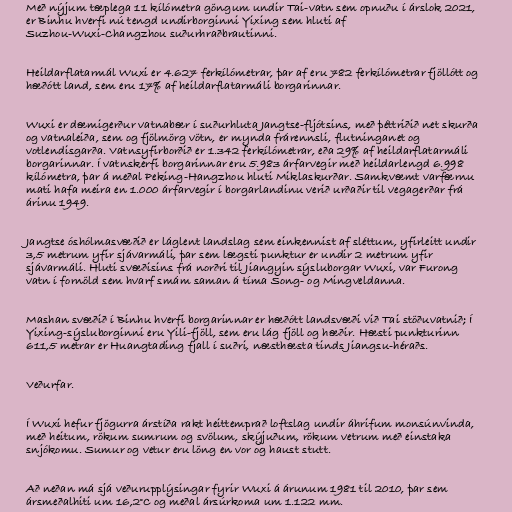
Með nýjum tæplega 11 kílómetra göngum undir Tai-vatn sem opnuðu í árslok 2021,
er Binhu hverfi nú tengd undirborginni Yixing sem hluti af
Suzhou-Wuxi-Changzhou suðurhraðbrautinni.

Heildarflatarmál Wuxi er 4.627 ferkílómetrar, þar af eru 782 ferkílómetrar fjöllótt og
hæðótt land, sem eru 17% af heildarflatarmáli borgarinnar.

Wuxi er dæmigerður vatnabær í suðurhluta Jangtse-fljótsins, með þéttriðið net skurða
og vatnaleiða, sem og fjölmörg vötn, er mynda frárennsli, flutninganet og
votlendisgarða. Vatnsyfirborðið er 1.342 ferkílómetrar, eða 29% af heildarflatarmáli
borgarinnar. Í vatnskerfi borgarinnar eru 5.983 árfarvegir með heildarlengd 6.998
kílómetra, þar á meðal Peking-Hangzhou hluti Miklaskurðar. Samkvæmt varfærnu
mati hafa meira en 1.000 árfarvegir í borgarlandinu verið urðaðir til vegagerðar frá
árinu 1949.

Jangtse óshólmasvæðið er láglent landslag sem einkennist af sléttum, yfirleitt undir
3,5 metrum yfir sjávarmáli, þar sem lægsti punktur er undir 2 metrum yfir
sjávarmáli. Hluti svæðisins frá norðri til Jiangyin sýsluborgar Wuxi, var Furong
vatn í fornöld sem hvarf smám saman á tíma Song- og Mingveldanna.

Mashan svæðið í Binhu hverfi borgarinnar er hæðótt landsvæði við Tai stöðuvatnið; Í
Yixing-sýsluborginni eru Yili-fjöll, sem eru lág fjöll og hæðir. Hæsti punkturinn
611,5 metrar er Huangtading fjall í suðri, næsthæsta tinds Jiangsu-héraðs.

Veðurfar.

Í Wuxi hefur fjögurra árstíða rakt heittemprað loftslag undir áhrifum monsúnvinda,
með heitum, rökum sumrum og svölum, skýjuðum, rökum vetrum með einstaka
snjókomu. Sumur og vetur eru löng en vor og haust stutt.

Að neðan má sjá veðurupplýsingar fyrir Wuxi á árunum 1981 til 2010, þar sem
ársmeðalhiti um 16,2°C og meðal ársúrkoma um 1.122 mm.